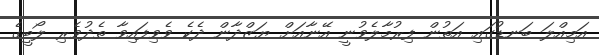
އަމިއްލަ ބަނޑުގައި އަތުން ފިރުމާލެވުނީ އޭނާއަށް ޔަޒްދާން ދެކެ ވެވިފައިވާ ތެދުވެރި ލޯބީގެ